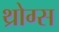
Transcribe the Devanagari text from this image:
थ्रोग्स